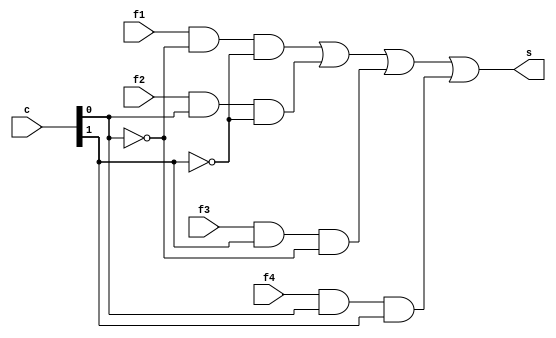
// ------------------------- 
// Exemplo0034 - F4 
// Nome: Luhan Mairinck Reis 
// ------------------------- 

// ------------------------- 
// EX4_gate 
// ------------------------- 

module SEL (output s,input f1, input f2,
            input f3, input f4, input [1:0] c); 
wire p1, p2, p3, p4, notC, notC1;

not NOT1 (notC,c[0]);
not NOT2 (notC1,c[1]);
and AND1 (p1,f1,notC,notC1);
and AND2 (p2,f2,c[0],notC1);
and AND3 (p3,f3,c[1],notC);
and AND4 (p4,f4,c[0],c[1]);
or OR1 (s,p1,p2,p3,p4);

endmodule // SEL

module EX4 (output s1,input a, input b,
             input [1:0] chave);
wire w, w1, w2, w3;
				 				
or OR1 (w,a,b);
nor NOR1 (w1,a,b);
xor XOR1 (w2,a,b);
xnor XNOR1 (w3,a,b);
SEL modulo (s1,w,w1,w2,w3,chave);

endmodule // OR1 

module test_EX4; 

// ------------------------- definir dados 

reg x, y;
reg [1:0]z;  
wire p;

EX4 modulo (p, x, y, z); 

// ------------------------- parte principal 

initial begin 
$display("Exemplo0034 - Luhan Mairinck Reis - 446987"); 
$display("Test LU's module"); 

x = 'b0; y = 'b0; z = 2'b00;

// projetar testes do modulo 
#1 $display("\na b chave s"); 
#1 $monitor("%b %b %2b    %b" ,x,y,z,p); 

#1 x = 'b0; y = 'b1; z = 2'b00;
#1 x = 'b1; y = 'b0; z = 2'b00;
#1 x = 'b1; y = 'b1; z = 2'b00;
#1 x = 'b0; y = 'b0; z = 2'b10;
#1 x = 'b0; y = 'b1; z = 2'b10;
#1 x = 'b1; y = 'b0; z = 2'b10;
#1 x = 'b1; y = 'b1; z = 2'b10;
#1 x = 'b0; y = 'b0; z = 2'b01;
#1 x = 'b0; y = 'b1; z = 2'b01;
#1 x = 'b1; y = 'b0; z = 2'b01;
#1 x = 'b1; y = 'b1; z = 2'b01;
#1 x = 'b0; y = 'b0; z = 2'b11;
#1 x = 'b0; y = 'b1; z = 2'b11;
#1 x = 'b1; y = 'b0; z = 2'b11;
#1 x = 'b1; y = 'b1; z = 2'b11;



end 
endmodule // test_f4